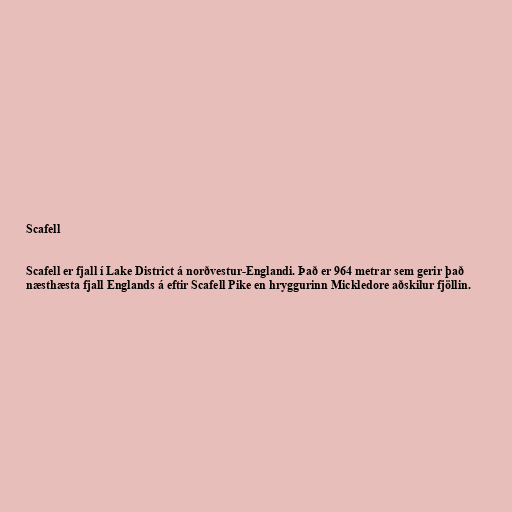
Scafell

Scafell er fjall í Lake District á norðvestur-Englandi. Það er 964 metrar sem gerir það
næsthæsta fjall Englands á eftir Scafell Pike en hryggurinn Mickledore aðskilur fjöllin.